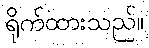
ရိုက်ထားသည်။